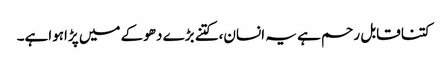
کتنا قابل رحم ہے یہ انسان،کتنے بڑے دھوکے میں پڑاہواہے۔